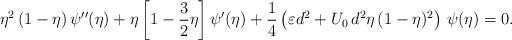
LaTeX: \begin{align*}\eta^2\,(1-\eta)\,\psi''(\eta)+\eta\left[1-\frac32\eta\right]\psi'(\eta)+\frac14\left(\varepsilon d^2+ U_0\,d^2 \eta\,(1-\eta)^2\right)\,\psi(\eta)=0.\end{align*}